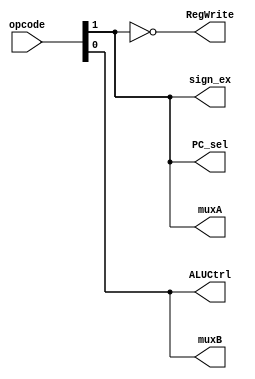
`timescale 1ns / 1ps
//////////////////////////////////////////////////////////////////////////////////
// Company: 
// Engineer: 
// 
// Design Name: 
// Module Name:    ControlUnit 
// Project Name: 
// Target Devices: 
// Tool versions: 
// Description: 
//
// Dependencies: 
//
// Revision: 
// Revision 0.01 - File Created
// Additional Comments: 
//
//////////////////////////////////////////////////////////////////////////////////
module ControlUnit(
    input [1:0] opcode,
    output PC_sel,
    output sign_ex,
    output muxA,
    output muxB,
    output RegWrite,
    output ALUCtrl
    );

assign PC_sel = opcode[1];
assign muxA = opcode[1];
assign muxB = opcode[0];
assign RegWrite = !opcode[1];
assign ALUCtrl = opcode[0];
assign sign_ex = opcode[1];

endmodule